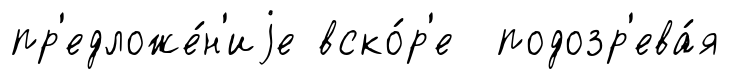
пр'едложе́н'иjе вско́р'е подозр'ева́я